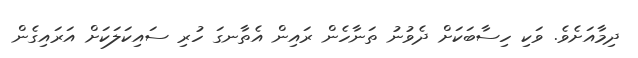
ދިމާއަށެވެ. ވަކި ހިސާބަކަށް ދެވުނު ތަނާހެން ރައިން އެތާނގަ ހުރި ސައިކަލަކަށް އަރައިގެން